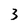
Character: 3